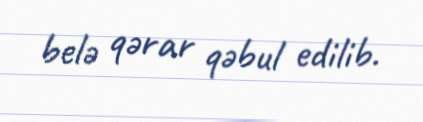
belə qərar qəbul edilib.